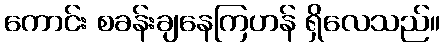
ကောင်း စခန်းချနေကြဟန် ရှိလေသည်။